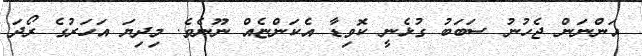
އަންނަން ޖެހުނު ސަބަބު ގުޅެނީ ކޮވިޑާ އެކަންޏެއް ނޫނެވެ. މިދިޔަ އަހަރުގެ ރޯދަ